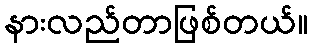
နားလည်တာဖြစ်တယ်။